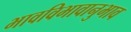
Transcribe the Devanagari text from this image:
भावविभावानुभाव